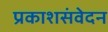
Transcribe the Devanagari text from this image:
प्रकाशसंवेदन